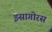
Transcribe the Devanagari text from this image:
इसागोरस